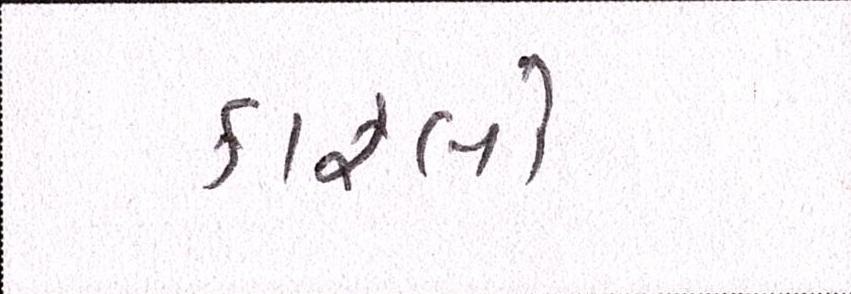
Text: કાફલો